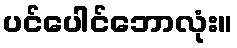
ပင်ပေါင်ဘောလုံး။